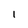
Character: 1